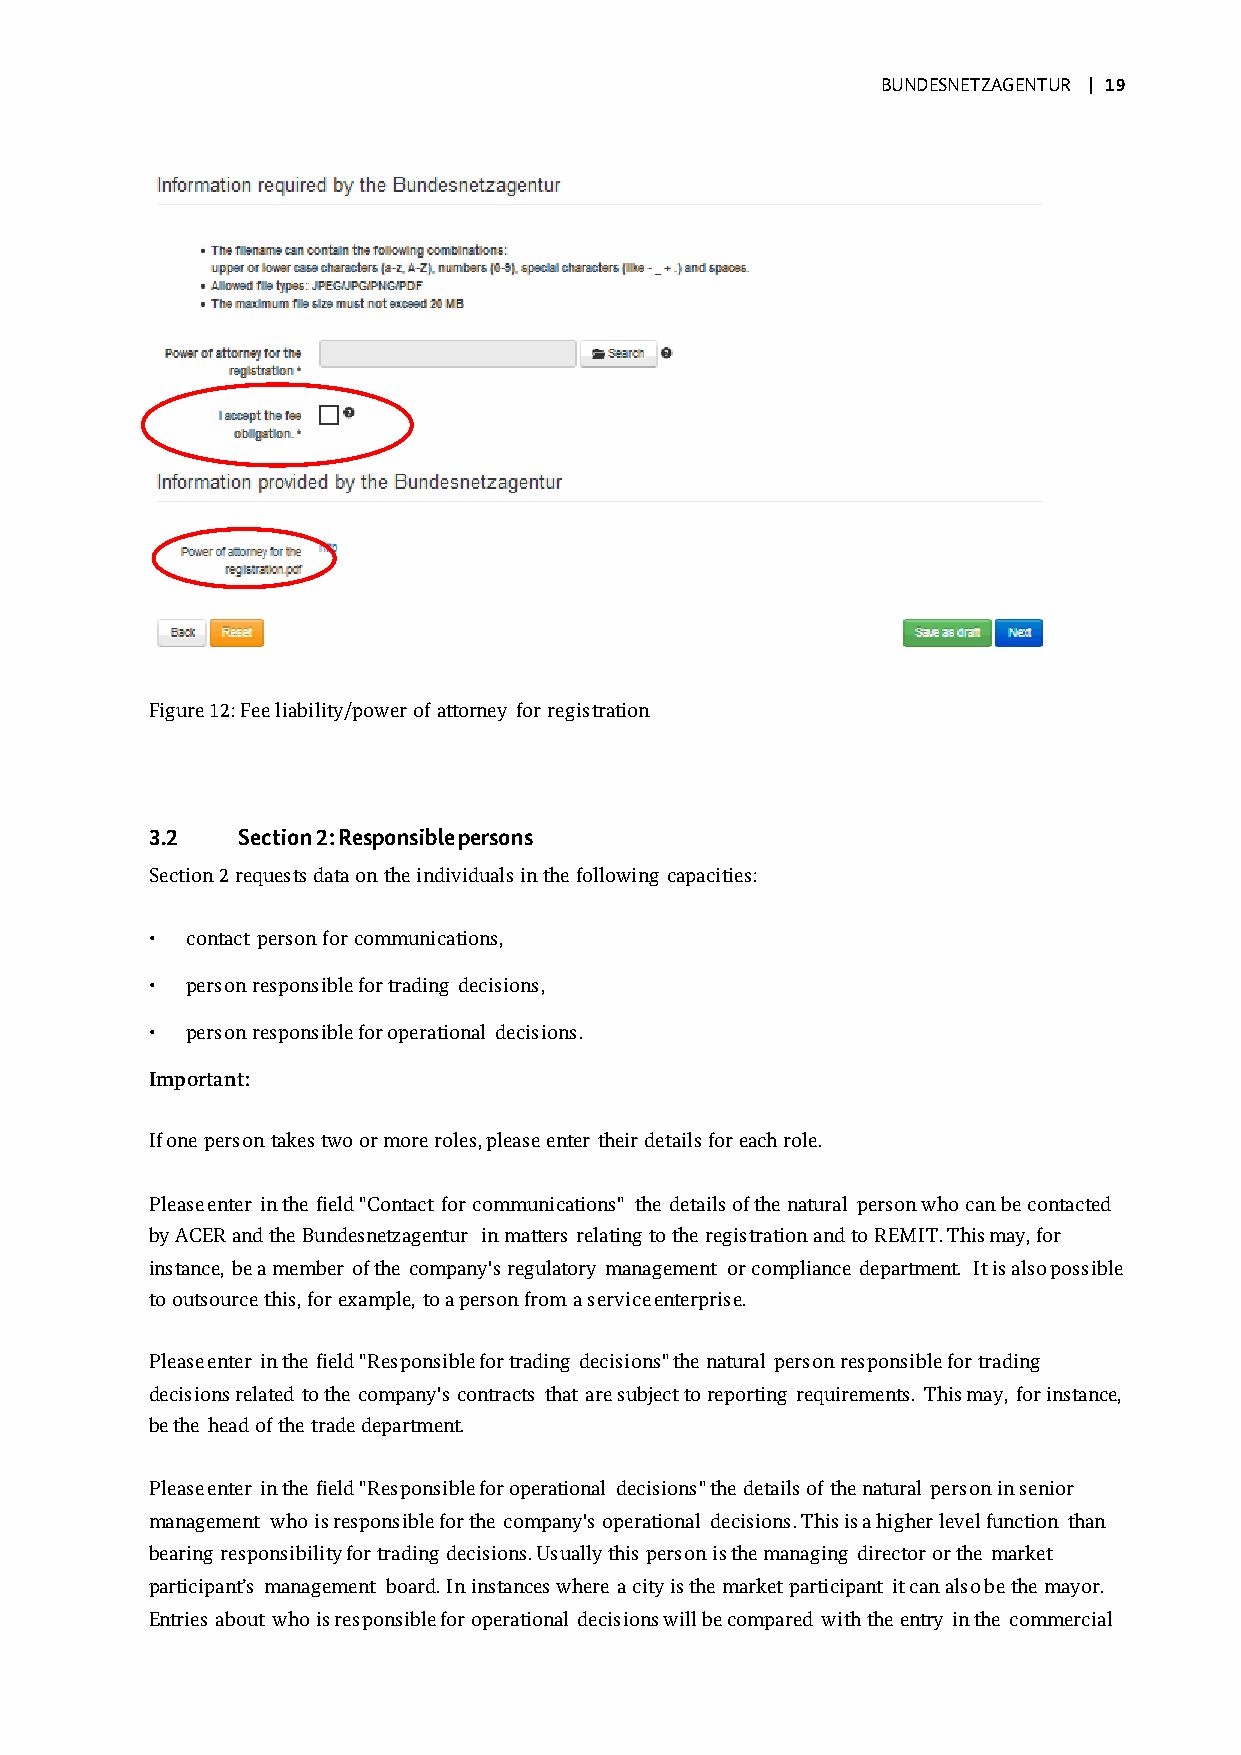
BUNDESNETZAGENTUR | 19
 Figure 12: Fee liability/power of attorney for registration
 3.2   Section 2: Responsible persons
 Section 2 requests data on the individuals in the following capacities:
 • contact person for communications,
 • person responsible for trading decisions,
 • person responsible for operational decisions.
 Important:
 If one person takes two or more roles, please enter their details for each role.
 Please enter in the field "Contact for communications" the details of the natural person who can be contacted
 by ACER and the Bundesnetzagentur in matters relating to the registration and to REMIT. This may, for
 instance, be a member of the company's regulatory management or compliance department. It is also possible
 to outsource this, for example, to a person from a service enterprise.
 Please enter in the field "Responsible for trading decisions" the natural person responsible for trading
 decisions related to the company's contracts that are subject to reporting requirements. This may, for instance,
 be the head of the trade department.
 Please enter in the field "Responsible for operational decisions" the details of the natural person in senior
 management who is responsible for the company's operational decisions. This is a higher level function than
 bearing responsibility for trading decisions. Usually this person is the managing director or the market
 participant’s management board. In instances where a city is the market participant it can also be the mayor.
 Entries about who is responsible for operational decisions will be compared with the entry in the commercial